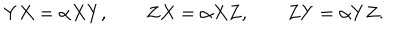
Y X = \alpha X Y , \qquad Z X = \alpha X Z , \qquad Z Y = \alpha Y Z .